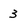
Character: 3